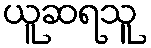
ယူဆရသူ